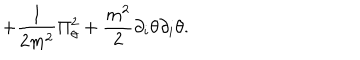
+ { \frac { 1 } { 2 m ^ { 2 } } } \Pi _ { \theta } ^ { 2 } + { \frac { m ^ { 2 } } { 2 } } \partial _ { i } \theta \partial _ { i } \theta .